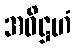
အဓိဋ္ဌဟံ